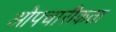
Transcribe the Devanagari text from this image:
ओपचारीकता